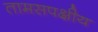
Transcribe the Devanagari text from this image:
तामसपक्षीय